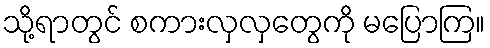
သို့ရာတွင် စကားလှလှတွေကို မပြောကြ။